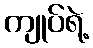
ကျုပ်ရဲ့